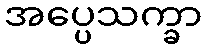
အပ္ပေသက္ခာ